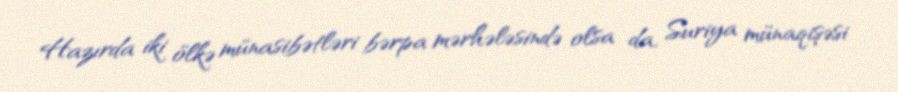
Hazırda iki ölkə münasibətləri bərpa mərhələsində olsa da, Suriya münaqişəsi